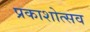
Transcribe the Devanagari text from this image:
प्रकाशोत्‍सव